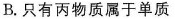
B.只有丙物质属于单质